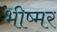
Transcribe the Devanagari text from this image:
भीष्मर